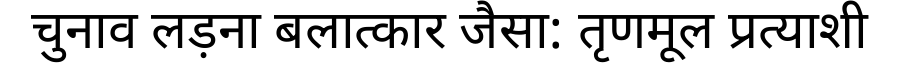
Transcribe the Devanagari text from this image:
चुनाव लड़ना बलात्कार जैसा: तृणमूल प्रत्याशी